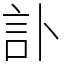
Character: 訃